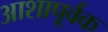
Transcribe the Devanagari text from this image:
आशापूर्वक